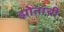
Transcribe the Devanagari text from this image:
झोतांची